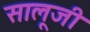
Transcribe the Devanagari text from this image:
सालूजी